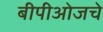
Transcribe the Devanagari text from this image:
बीपीओजचे